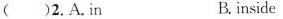
()2.A.in B. inside